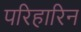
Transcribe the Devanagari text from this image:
परिहारिन